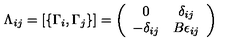
\Lambda _ { i j } = \left[ \{ \Gamma _ { i } , \Gamma _ { j } \} \right] = \left( \begin{array} { c c } { 0 } & { \delta _ { i j } } \\ { - \delta _ { i j } } & { B \epsilon _ { i j } } \\ \end{array} \right)